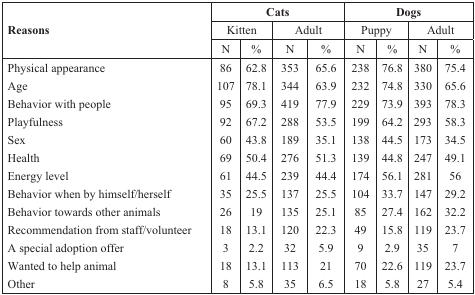
| <ROWSPAN=3> Reasons | <COLSPAN=4> Cats | <COLSPAN=4> Dogs |
 | <COLSPAN=2> Kitten | <COLSPAN=2> Adult | <COLSPAN=2> Puppy | <COLSPAN=2> Adult |
 | N | % | N | % | N | % | N | % |
 | --- | --- | --- | --- | --- | --- | --- | --- | --- |
 | Physical appearance | 86 | 62.8 | 353 | 65.6 | 238 | 76.8 | 380 | 75.4 |
 | Age | 107 | 78.1 | 344 | 63.9 | 232 | 74.8 | 330 | 65.6 |
 | Behavior with people | 95 | 69.3 | 419 | 77.9 | 229 | 73.9 | 393 | 78.3 |
 | Playfulness | 92 | 67.2 | 288 | 53.5 | 199 | 64.2 | 293 | 58.3 |
 | Sex | 60 | 43.8 | 189 | 35.1 | 138 | 44.5 | 173 | 34.5 |
 | Health | 69 | 50.4 | 276 | 51.3 | 139 | 44.8 | 247 | 49.1 |
 | Energy level | 61 | 44.5 | 239 | 44.4 | 174 | 56.1 | 281 | 56 |
 | Behavior when by himself/herself | 35 | 25.5 | 137 | 25.5 | 104 | 33.7 | 147 | 29.2 |
 | Behavior towards other animals | 26 | 19 | 135 | 25.1 | 85 | 27.4 | 162 | 32.2 |
 | Recommendation from staff/volunteer | 18 | 13.1 | 120 | 22.3 | 49 | 15.8 | 119 | 23.7 |
 | A special adoption offer | 3 | 2.2 | 32 | 5.9 | 9 | 2.9 | 35 | 7 |
 | Wanted to help animal | 18 | 13.1 | 113 | 21 | 70 | 22.6 | 119 | 23.7 |
 | Other | 8 | 5.8 | 35 | 6.5 | 18 | 5.8 | 27 | 5.4 |